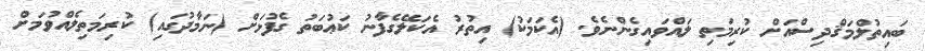
ބައިތުލްމަޤްދިސްއަށް ކުރިމަތި ލައްވައިގެންނެވެ. (އެކަމަކު) އިތުރު އެކަލޭގެފާނު ކަޢުބަތު ގެފުޅަށް (ނަމާދުގައި) ކުރިމަތިލެއްވުމަށް